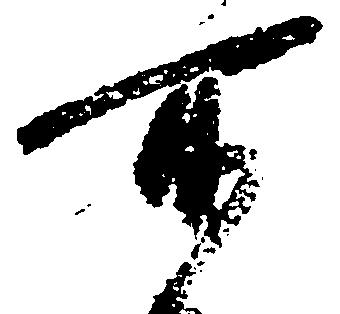
所